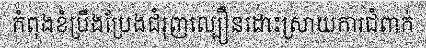
កំពុងខំប្រឹងប្រែងជំរុញល្បឿនដោះស្រាយការជំពាក់